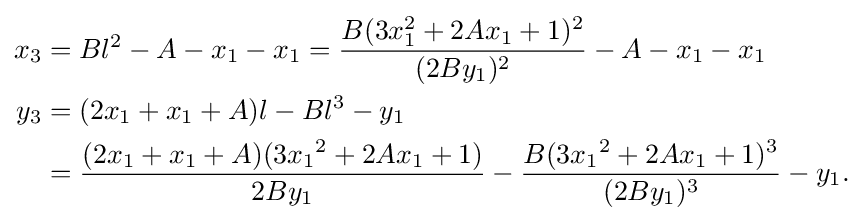
{\begin{aligned}x_{3}&=Bl^{2}-A-x_{1}-x_{1}={\frac {B(3x_{1}^{2}+2Ax_{1}+1)^{2}}{(2By_{1})^{2}}}-A-x_{1}-x_{1}\\y_{3}&=(2x_{1}+x_{1}+A)l-Bl^{3}-y_{1}\\&={\frac {(2x_{1}+x_{1}+A)(3{x_{1}}^{2}+2Ax_{1}+1)}{2By_{1}}}-{\frac {B(3{x_{1}}^{2}+2Ax_{1}+1)^{3}}{(2By_{1})^{3}}}-y_{1}.\end{aligned}}